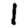
Digit: 1